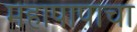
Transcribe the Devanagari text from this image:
महापापाचा